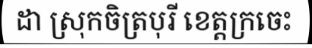
ដា ស្រុកចិត្របុរី ខេត្តក្រចេះ